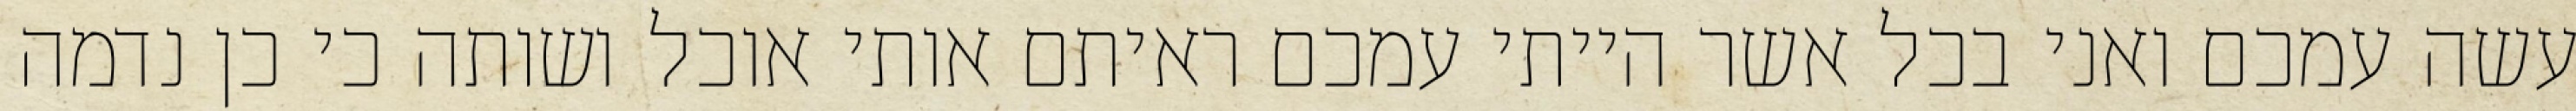
עשה עמכם ואני בכל אשר הייתי עמכם ראיתם אותי אוכל ושותה כי כן נדמה